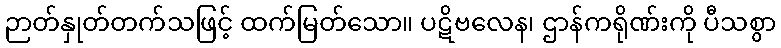
ဉာတ်နှုတ်တက်သဖြင့် ထက်မြတ်သော။ ပဋိဗလေန၊ ဌာန်ကရိုဏ်းကို ပီသစွာ